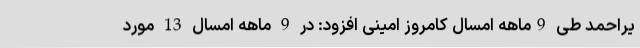
یراحمد طی 9ماهه امسال کامروز امینی افزود: در 9 ماهه امسال 13 مورد